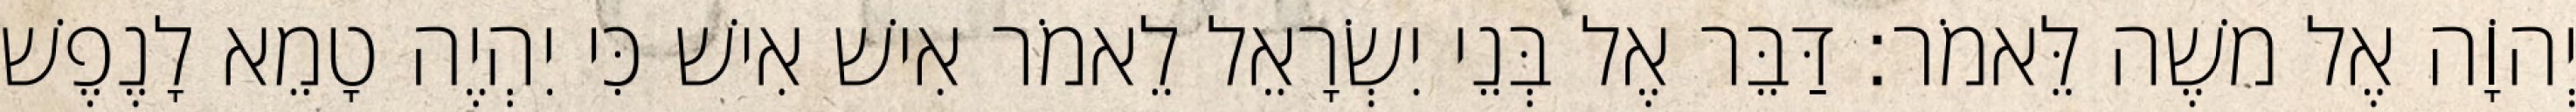
יְהוָֹה אֶל משֶׁה לֵּאמֹר׃ דַּבֵּר אֶל בְּנֵי יִשְׂרָאֵל לֵאמֹר אִישׁ אִישׁ כִּי יִהְיֶה טָמֵא לָנֶפֶשׁ